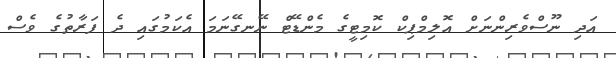
އަދި ނޫސްވެރިންނަށް އޮލިމްޕިކް ކޮމިޓީގެ މެންޑޭޓް ނޭނގޭނަމަ އެކަމުގައި ދެ ފަރާތުގެ ވެސް